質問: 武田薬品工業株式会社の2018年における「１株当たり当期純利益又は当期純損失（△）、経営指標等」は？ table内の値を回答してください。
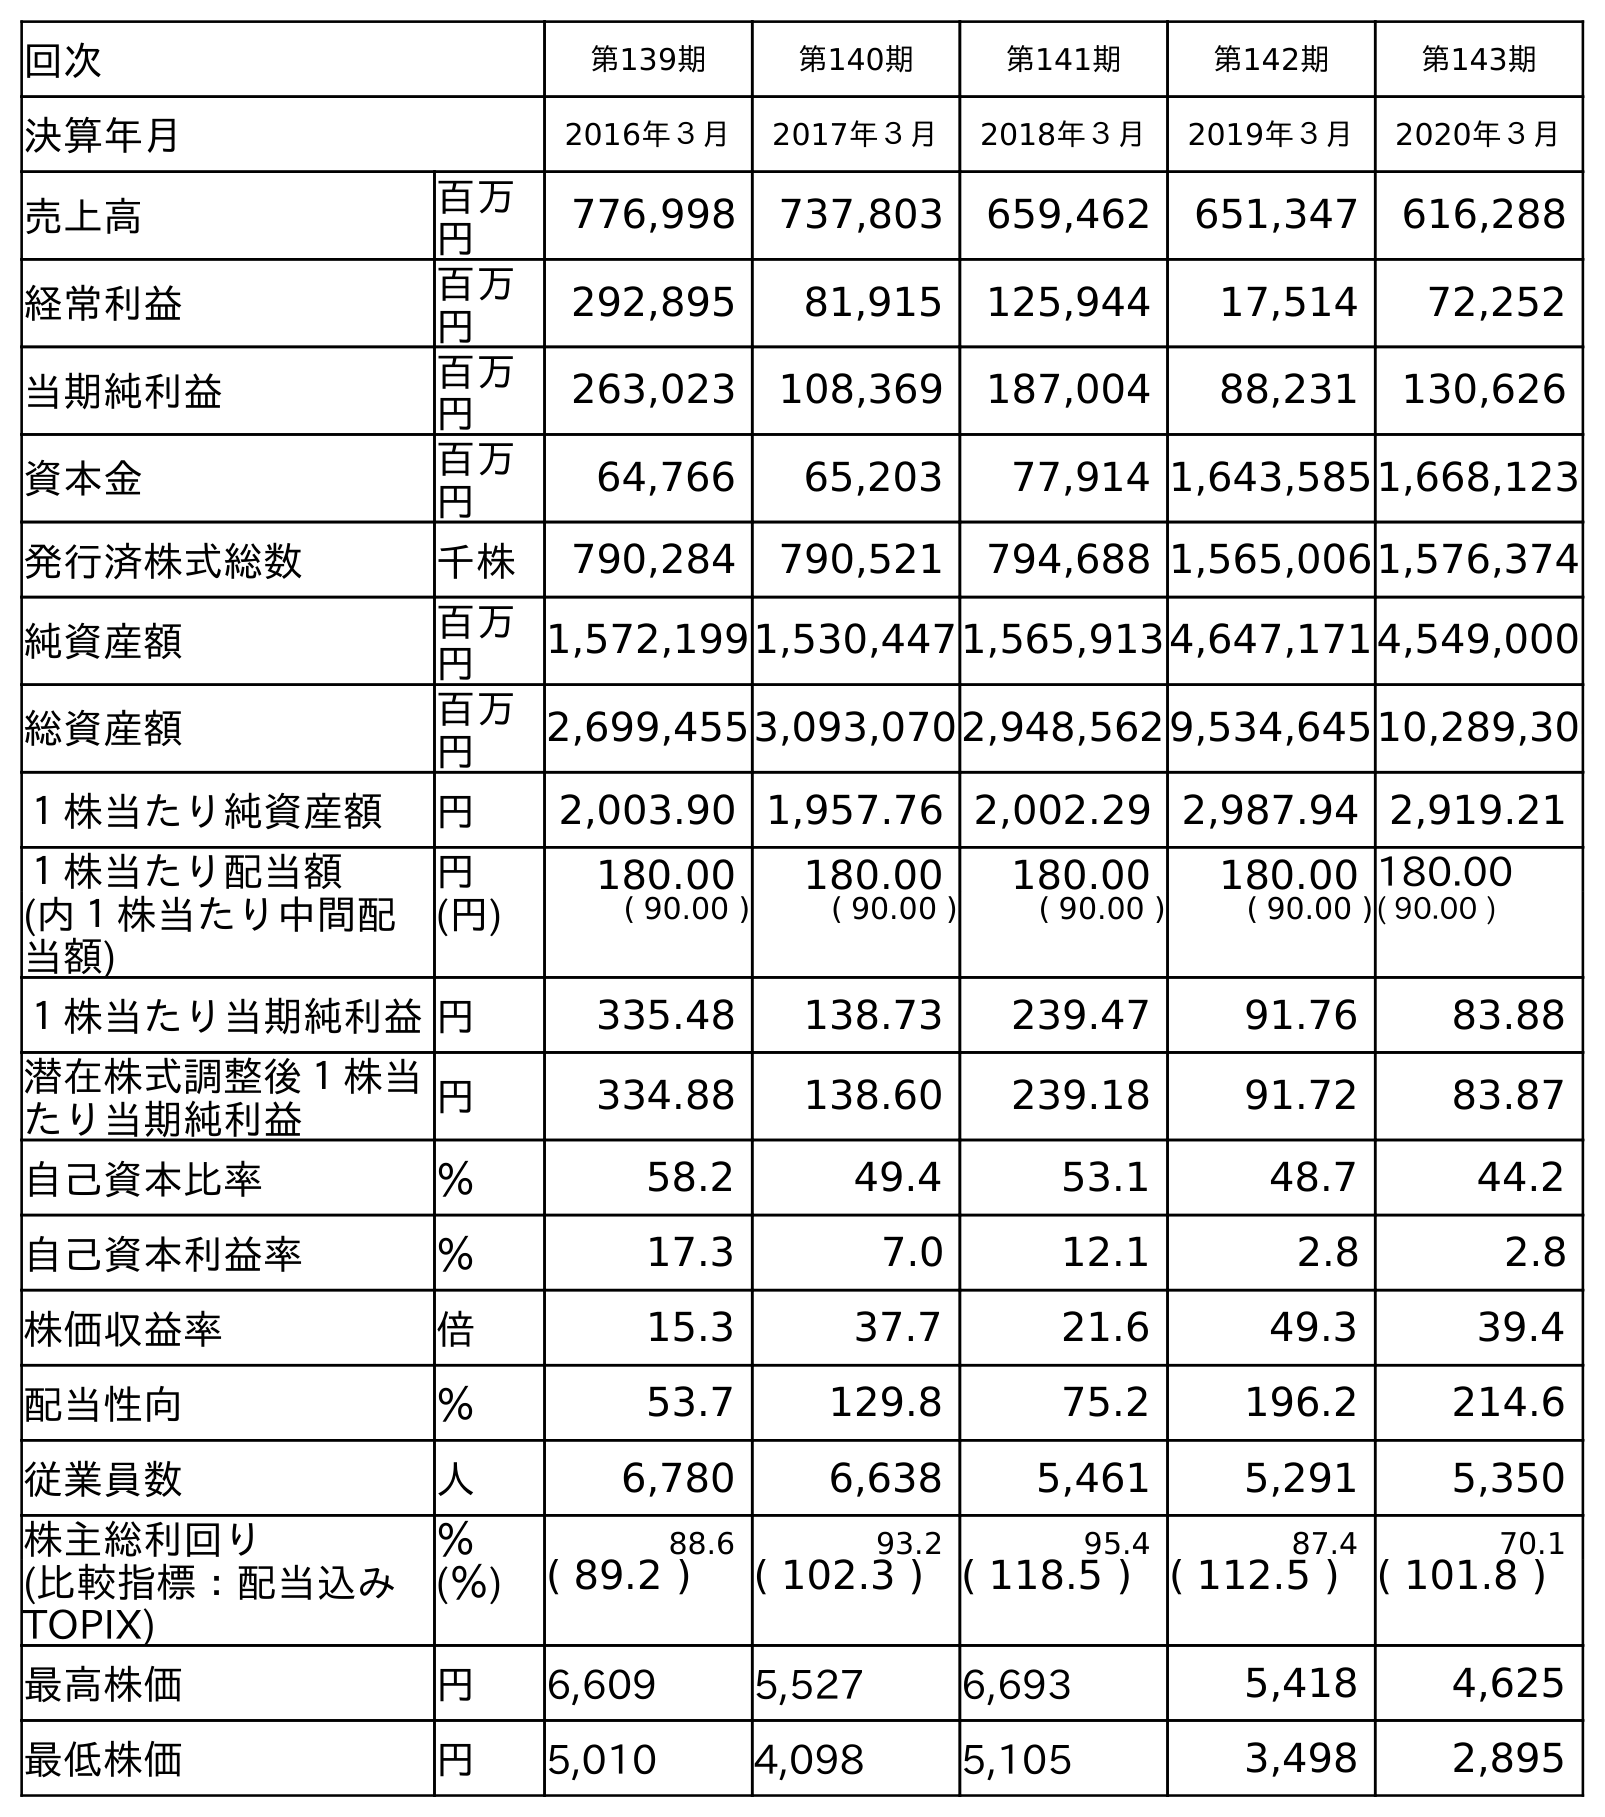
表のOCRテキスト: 回次 第139期 第140期 第141期 第142期 第143期 決算年月 2016年３月 2017年３月 2018年３月 2019年３月 2020年３月 売上高 百万 円 776,998 737,803 659,462 651,347 616,288 経常利益 百万 円 292,895 81,915 125,944 17,514 72,252 当期純利益 百万 円 263,023 108,369 187,004 88,231 130,626 資本金 百万 円 64,766 65,203 77,914 1,643,5851,668,123 発行済株式総数 千株 790,284 790,521 794,688 1,565,0061,576,374 純資産額 百万 円 1,572,1991,530,4471,565,9134,647,1714,549,000 総資産額 百万 円 2,699,4553,093,0702,948,5629,534,64510,289,30 １株当たり純資産額 円 2,003.90 1,957.76 2,002.29 2,987.94 2,919.21 １株当たり配当額 円 180.00 180.00 180.00 180.00 180.00 (内１株当たり中間配 当額) (円) ( 90.00 ) ( 90.00 ) ( 90.00 ) ( 90.00 )( 90.00 ) １株当たり当期純利益円 335.48 138.73 239.47 91.76 83.88 潜在株式調整後１株当 たり当期純利益 円 334.88 138.60 239.18 91.72 83.87 自己資本比率 ％ 58.2 49.4 53.1 48.7 44.2 自己資本利益率 ％ 17.3 7.0 12.1 2.8 2.8 株価収益率 倍 15.3 37.7 21.6 49.3 39.4 配当性向 ％ 53.7 129.8 75.2 196.2 214.6 従業員数 人 6,780 6,638 5,461 5,291 5,350 株主総利回り ％ 88.6 93.2 95.4 87.4 70.1 (比較指標：配当込み TOPIX) (％) ( 89.2 ) ( 102.3 ) ( 118.5 ) ( 112.5 ) ( 101.8 ) 最高株価 円 6,609 5,527 6,693 5,418 4,625 最低株価 円 5,010 4,098 5,105 3,498 2,895
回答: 239.47